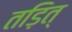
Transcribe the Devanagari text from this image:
तड़ित्‌